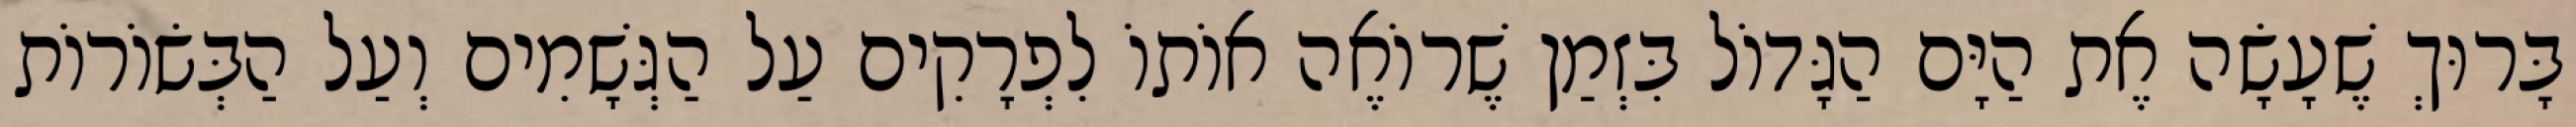
בָּרוּךְ שֶׁעָשָׂה אֶת הַיָּם הַגָּדוֹל בִּזְמַן שֶׁרוֹאֶה אוֹתוֹ לִפְרָקִים עַל הַגְּשָׁמִים וְעַל הַבְּשׂוֹרוֹת